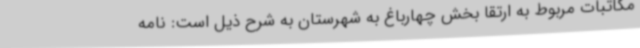
مکاتبات مربوط به ارتقا بخش چهارباغ به شهرستان به شرح ذیل است: نامه